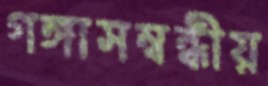
গঙ্গাসম্বন্ধীয়